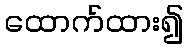
ထောက်ထား၍